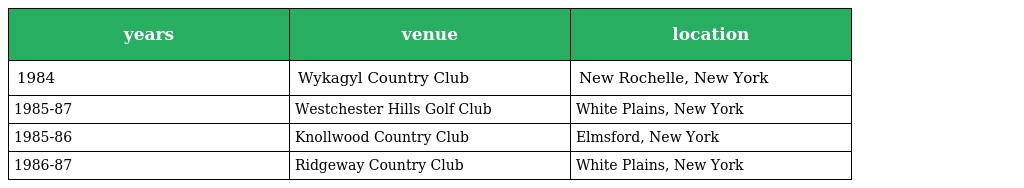
| years | venue | location |
 | --- | --- | --- |
 | 1984 | Wykagyl Country Club | New Rochelle, New York |
 | 1985-87 | Westchester Hills Golf Club | White Plains, New York |
 | 1985-86 | Knollwood Country Club | Elmsford, New York |
 | 1986-87 | Ridgeway Country Club | White Plains, New York |